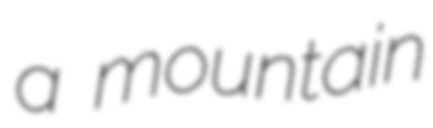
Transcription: a mountain